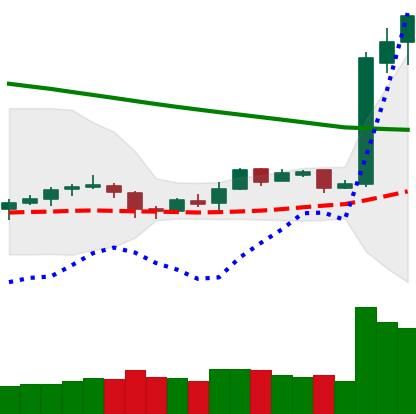
Ticker: LTC-USD
Chart end date: 2019-02-10
Forward return: -8.815%
Label: down_7plus